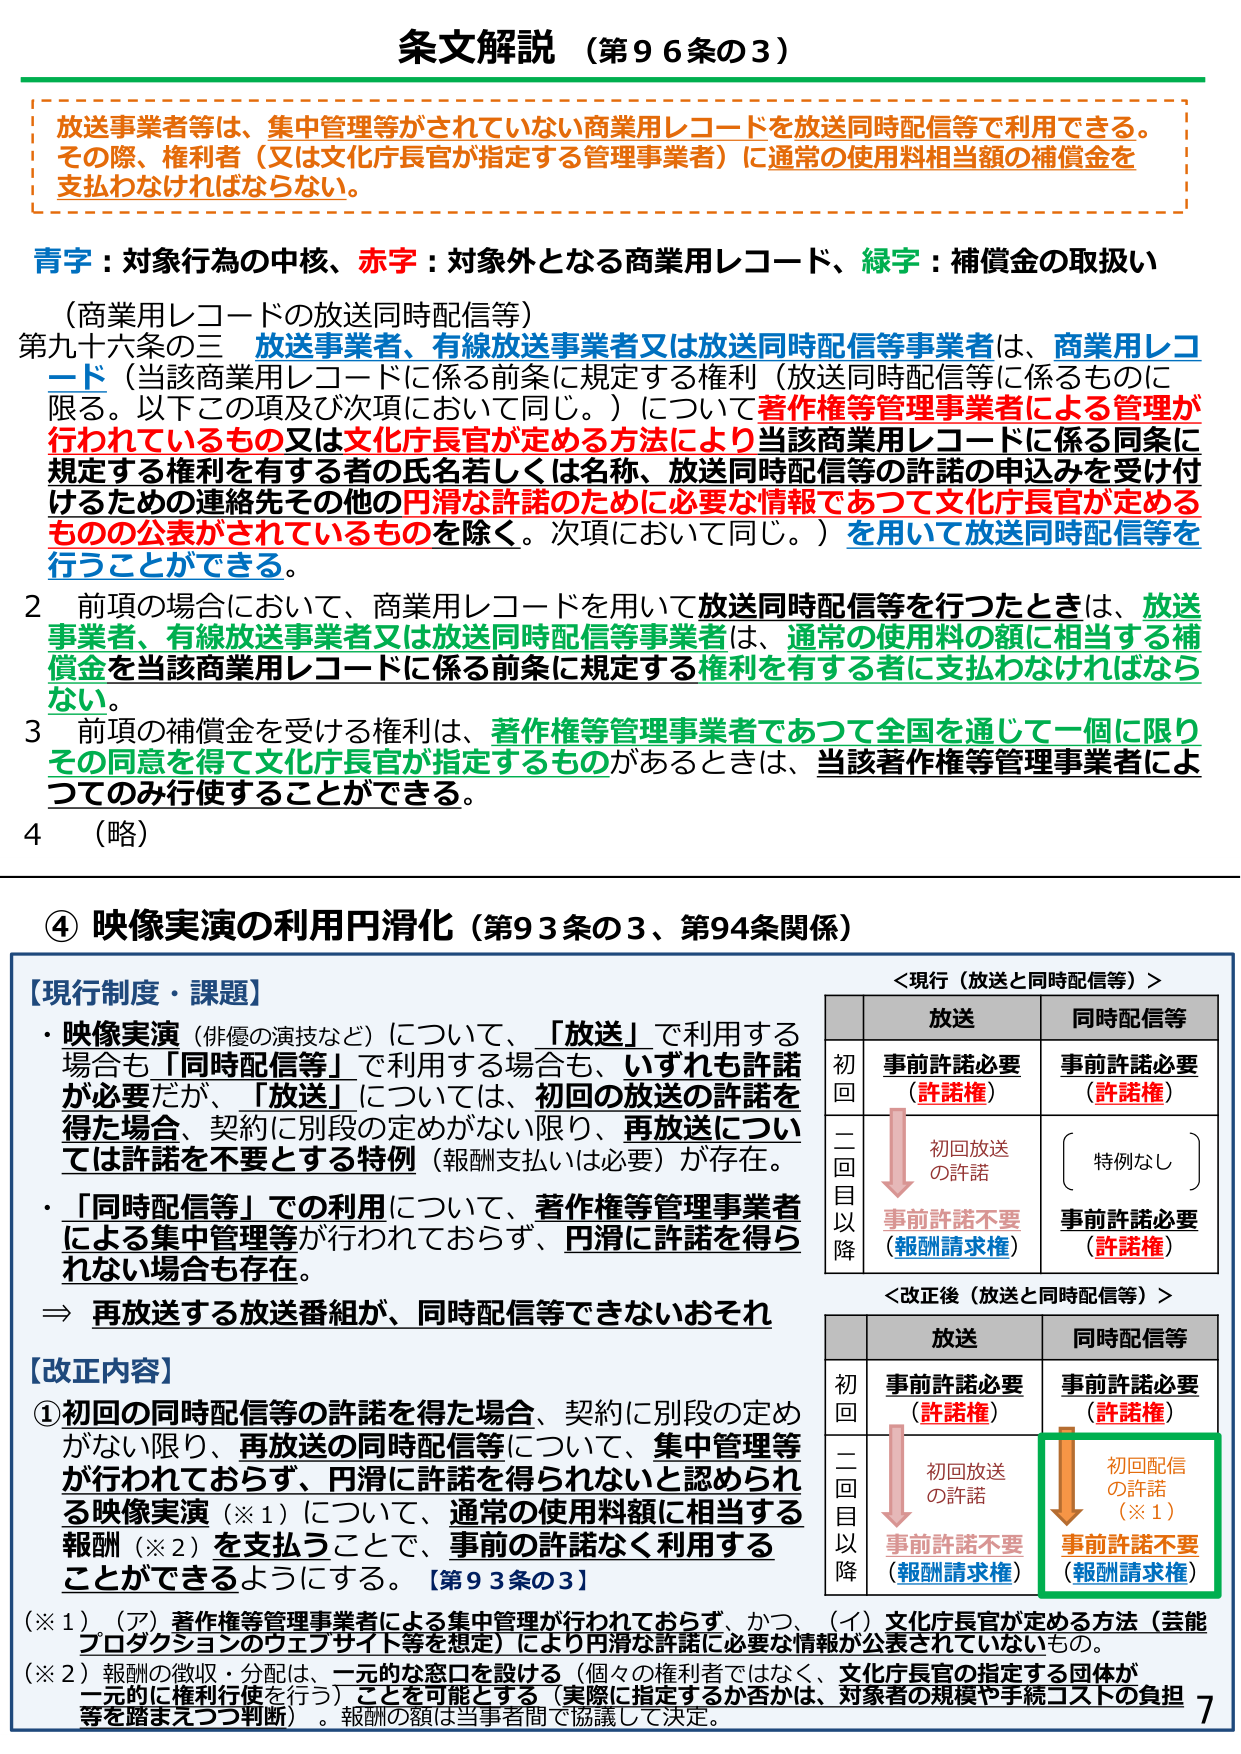
条文解説（第９６条の３）

放送事業者等は、集中管理等がされていない商業用レコードを放送同時配信等で利用できる。その際、権利者（又は文化庁長官が指定する管理事業者）に通常の使用料相当額の補償金を支払わなければならない。

青字：対象行為の中核、赤字：対象外となる商業用レコード、緑字：補償金の取扱い

（商業用レコードの放送同時配信等）
第九十六条の三 放送事業者、有線放送事業者又は放送同時配信等事業者は、商業用レコード（当該商業用レコードに係る前条に規定する権利（放送同時配信等に係るものに限る。以下この項及び次項において同じ。）について著作権等管理事業者による管理が行われているもの又は文化庁長官が定める方法により当該商業用レコードに係る同条に規定する権利を有する者の氏名若しくは名称、放送同時配信等の許諾の申込みを受け付けるための連絡先その他の円滑な許諾のために必要な情報であって文化庁長官が定めるものの公表がされているものを除く。次項において同じ。）を用いて放送同時配信等を行うことができる。

２ 前項の場合において、商業用レコードを用いて放送同時配信等を行ったときは、放送事業者、有線放送事業者又は放送同時配信等事業者は、通常の使用料の額に相当する補償金を当該商業用レコードに係る前条に規定する権利を有する者に支払わなければならない。

３ 前項の補償金を受ける権利は、著作権等管理事業者であって全国を通じて一個に限りその同意を得て文化庁長官が指定するものがあるときは、当該著作権等管理事業者によつてのみ行使することができる。

４ （略）

④ 映像実演の利用円滑化（第93条の3、第94条関係）

【現行制度・課題】
・ 映像実演（俳優の演技など）について、「放送」で利用する場合も「同時配信等」で利用する場合も、いずれも許諾が必要だが、「放送」については、初回の放送の許諾を得た場合、契約に別段の定めがない限り、再放送については許諾を不要とする特例（報酬支払いは必要）が存在。
・ 「同時配信等」での利用について、著作権等管理事業者による集中管理等が行われておらず、円滑に許諾を得られない場合も存在。
⇒ 再放送する放送番組が、同時配信等できないおそれ

【改正内容】
① 初回の同時配信等の許諾を得た場合、契約に別段の定めがない限り、再放送の同時配信等について、集中管理等が行われておらず、円滑に許諾を得られないと認められる映像実演（※1）について、通常の使用料額に相当する報酬（※2）を支払うことで、事前の許諾なく利用することができるようになる。【第93条の3】

（※1）（ア）著作権等管理事業者による集中管理が行われておらず、かつ、（イ）文化庁長官が定める方法（芸能プロダクションのウェブサイト等を想定）により円滑な許諾に必要な情報が公表されていないもの。
（※2）報酬の徴収・分配は、一元的な窓口を設ける（個々の権利者ではなく、文化庁長官の指定する団体が一元的に権利行使を行う）ことを可能とする（実際に指定するか否かは、対象者の規模や手続コストの負担等を踏まえつつ判断）。報酬の額は当事者間で協議して決定。

＜現行（放送と同時配信等）＞
　　　　　　　　放送　　　　　　同時配信等
　　　　　　　　事前許諾必要　　　事前許諾必要
初回　　　　　　（許諾権）　　　　（許諾権）
　　　　　　　　初回放送
　　　　　　　　の許諾
二回目以降　　　事前許諾不要　　　事前許諾必要
　　　　　　　　（報酬請求権）　　（許諾権）
　　　　　　　　特別なし

＜改正後（放送と同時配信等）＞
　　　　　　　　放送　　　　　　同時配信等
　　　　　　　　事前許諾必要　　　事前許諾必要
初回　　　　　　（許諾権）　　　　（許諾権）
　　　　　　　　初回放送
　　　　　　　　の許諾
　　　　　　　　初回配信
　　　　　　　　の許諾（※1）
二回目以降　　　事前許諾不要　　　事前許諾不要
　　　　　　　　（報酬請求権）　　（報酬請求権）

7